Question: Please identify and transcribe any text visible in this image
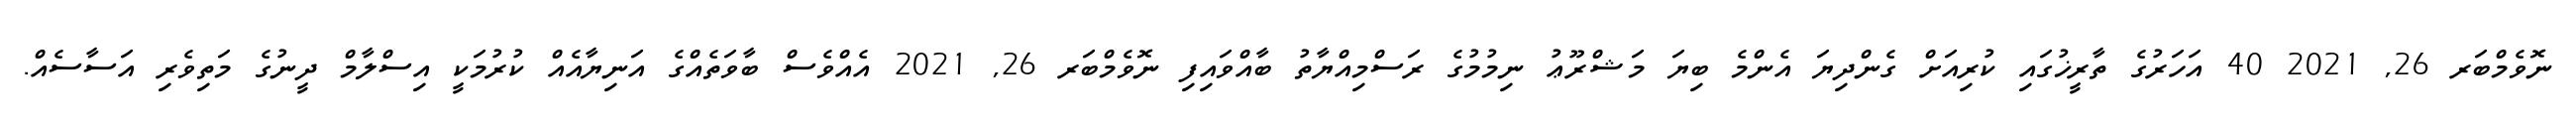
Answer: ނޮވެމްބަރ 26, 2021 40 އަހަރުގެ ތާރީޚުގައި ކުރިއަށް ގެންދިޔަ އެންމެ ބިޔަ މަޝްރޫޢު ނިމުމުގެ ރަސްމިއްޔާތު ބާއްވައިފި ނޮވެމްބަރ 26, 2021 އެއްވެސް ބާވަތެއްގެ އަނިޔާއެއް ކުރުމަކީ އިސްލާމް ދީނުގެ މަތިވެރި އަސާސެއް.